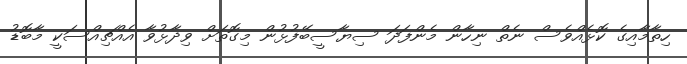
ހިތާމާއިގެ ކޮޅެއްވެސް ނެތް ނިހާން މެންފަދަ ސިޔާސީބޭފުޅުން މިގޮތަށް ވިދާޅުވާ އެއްޗިއްސަކީ މާބޮޑު